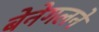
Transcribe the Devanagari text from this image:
बेनेगलने